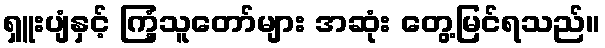
ရှူးပျံနှင့် ကြံ့သူတော်များ အဆုံး တွေ့မြင်ရသည်။